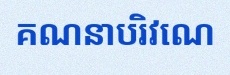
គណនាបរិវេណ